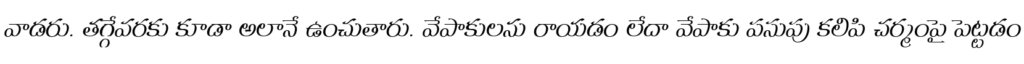
వాడరు. తగ్గేవరకు కూడా అలానే ఉంచుతారు. వేపాకులను రాయడం లేదా వేపాకు పసుపు కలిపి చర్మంపై పెట్టడం